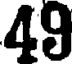
49